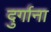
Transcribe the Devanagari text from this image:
दुर्गाना